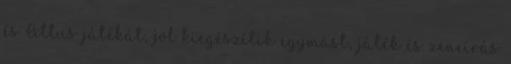
és Attus játékát, jól kiegészítik egymást, játék és zeneírás